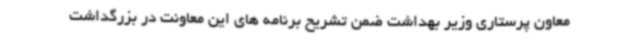
معاون پرستاری وزیر بهداشت ضمن تشریح برنامه های این معاونت در بزرگداشت